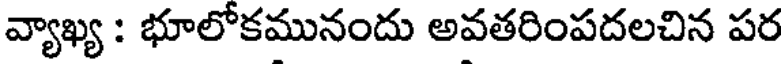
వ్యాఖ్య : భూలోకమునందు అవతరింపదలచిన పర